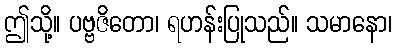
ဤသို့။ ပဗ္ဗဇိတော၊ ရဟန်းပြုသည်။ သမာနော၊